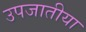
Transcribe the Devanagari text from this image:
उपजातीया